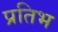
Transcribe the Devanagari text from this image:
प्रतिभ